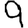
Digit: 9